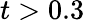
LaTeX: t>0.3